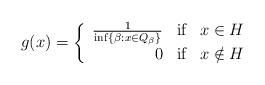
LaTeX: \begin{align*} g(x) = \left\{ \begin{array}{rcl}\frac{1}{\inf \{\beta: x \in Q_{\beta}\}} & \mbox{if}& x \in H \\ 0 & \mbox{if} & x \notin H\end{array}\right.\end{align*}